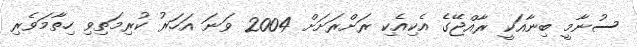
ސުނާމީ ބިނާއަކީ ރާއްޖޭގެ އެކިއެކި ރަށްރަަށަށް 2004 ވަނަ އަހަރު ކުރިމަތިވި ހިތާމަވެރި